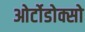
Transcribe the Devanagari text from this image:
ओर्टोडोक्सो